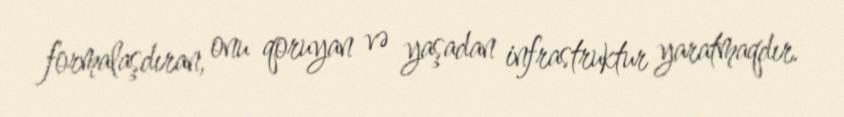
formalaşdıran, onu qoruyan və yaşadan infrastruktur yaratmaqdır.